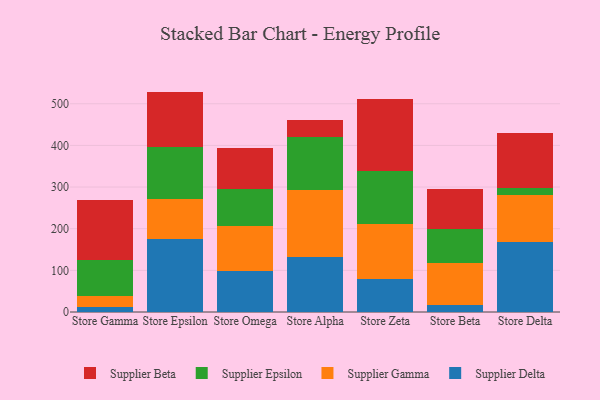
{"axis": {"x": "Store", "y": "Energy Usage (MWh)"}, "legend": ["Supplier Beta", "Supplier Delta", "Supplier Epsilon", "Supplier Gamma"], "data": [{"x": "Store Gamma", "y": 12.2, "type": "Supplier Delta"}, {"x": "Store Gamma", "y": 26.9, "type": "Supplier Gamma"}, {"x": "Store Gamma", "y": 86.7, "type": "Supplier Epsilon"}, {"x": "Store Gamma", "y": 143.5, "type": "Supplier Beta"}, {"x": "Store Epsilon", "y": 174.9, "type": "Supplier Delta"}, {"x": "Store Epsilon", "y": 97.0, "type": "Supplier Gamma"}, {"x": "Store Epsilon", "y": 124.8, "type": "Supplier Epsilon"}, {"x": "Store Epsilon", "y": 132.5, "type": "Supplier Beta"}, {"x": "Store Omega", "y": 99.2, "type": "Supplier Delta"}, {"x": "Store Omega", "y": 106.7, "type": "Supplier Gamma"}, {"x": "Store Omega", "y": 89.5, "type": "Supplier Epsilon"}, {"x": "Store Omega", "y": 98.7, "type": "Supplier Beta"}, {"x": "Store Alpha", "y": 130.9, "type": "Supplier Delta"}, {"x": "Store Alpha", "y": 162.1, "type": "Supplier Gamma"}, {"x": "Store Alpha", "y": 127.0, "type": "Supplier Epsilon"}, {"x": "Store Alpha", "y": 41.2, "type": "Supplier Beta"}, {"x": "Store Zeta", "y": 79.2, "type": "Supplier Delta"}, {"x": "Store Zeta", "y": 132.8, "type": "Supplier Gamma"}, {"x": "Store Zeta", "y": 125.8, "type": "Supplier Epsilon"}, {"x": "Store Zeta", "y": 172.9, "type": "Supplier Beta"}, {"x": "Store Beta", "y": 16.7, "type": "Supplier Delta"}, {"x": "Store Beta", "y": 101.4, "type": "Supplier Gamma"}, {"x": "Store Beta", "y": 82.2, "type": "Supplier Epsilon"}, {"x": "Store Beta", "y": 94.5, "type": "Supplier Beta"}, {"x": "Store Delta", "y": 168.3, "type": "Supplier Delta"}, {"x": "Store Delta", "y": 112.1, "type": "Supplier Gamma"}, {"x": "Store Delta", "y": 17.4, "type": "Supplier Epsilon"}, {"x": "Store Delta", "y": 131.1, "type": "Supplier Beta"}]}